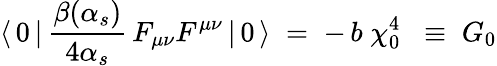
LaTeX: \langle\, 0\, |\, \frac{\beta(\alpha_{s})}{4\alpha_{s}}\, F_{\mu\nu}F^{\mu\nu}\, |\, 0\, \rangle\; =\; -\, b\; \chi_{0}^{4}\; \; \equiv\; G_{0}